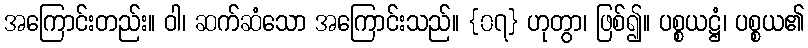
အကြောင်းတည်း။ ဝါ၊ ဆက်ဆံသော အကြောင်းသည်။ {၀၇} ဟုတွာ၊ ဖြစ်၍။ ပစ္စယဋ္ဌံ၊ ပစ္စယ၏